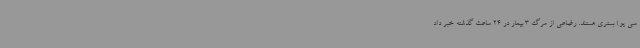
سی یو) بستری هستند. رضاعی از مرگ 3 بیمار در 24 ساعت گذشته خبر داد